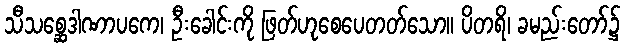
သီသစ္ဆေဒါဏာပကေ၊ ဦးခေါင်းကို ဖြတ်ဟုစေပေတတ်သော။ ပိတရိ၊ ခမည်းတော်၌